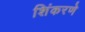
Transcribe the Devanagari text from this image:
शिंकरणे